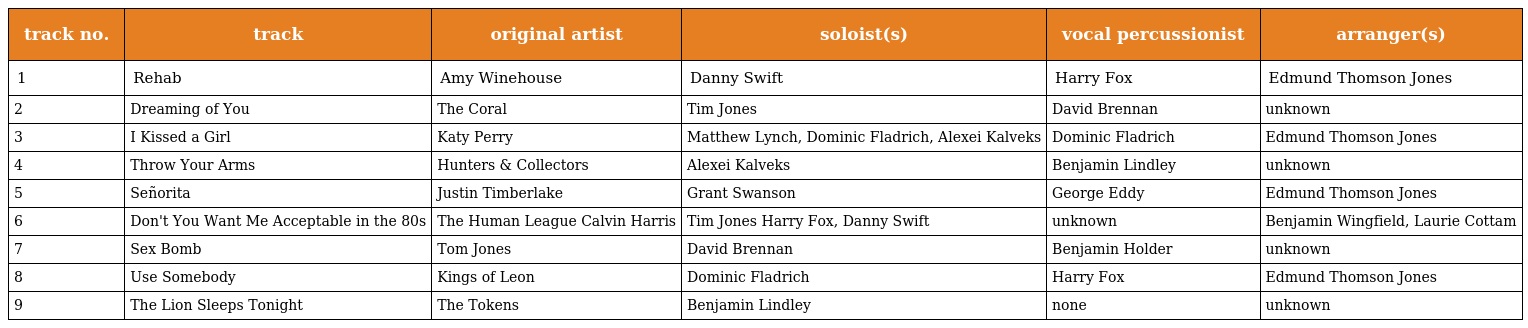
| track no. | track | original artist | soloist(s) | vocal percussionist | arranger(s) |
 | --- | --- | --- | --- | --- | --- |
 | 1 | Rehab | Amy Winehouse | Danny Swift | Harry Fox | Edmund Thomson Jones |
 | 2 | Dreaming of You | The Coral | Tim Jones | David Brennan | unknown |
 | 3 | I Kissed a Girl | Katy Perry | Matthew Lynch, Dominic Fladrich, Alexei Kalveks | Dominic Fladrich | Edmund Thomson Jones |
 | 4 | Throw Your Arms | Hunters & Collectors | Alexei Kalveks | Benjamin Lindley | unknown |
 | 5 | Señorita | Justin Timberlake | Grant Swanson | George Eddy | Edmund Thomson Jones |
 | 6 | Don't You Want Me Acceptable in the 80s | The Human League Calvin Harris | Tim Jones Harry Fox, Danny Swift | unknown | Benjamin Wingfield, Laurie Cottam |
 | 7 | Sex Bomb | Tom Jones | David Brennan | Benjamin Holder | unknown |
 | 8 | Use Somebody | Kings of Leon | Dominic Fladrich | Harry Fox | Edmund Thomson Jones |
 | 9 | The Lion Sleeps Tonight | The Tokens | Benjamin Lindley | none | unknown |